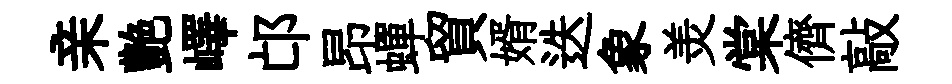
亲艶嶧邙昂蟬貿婿迭象羙棠儕敲